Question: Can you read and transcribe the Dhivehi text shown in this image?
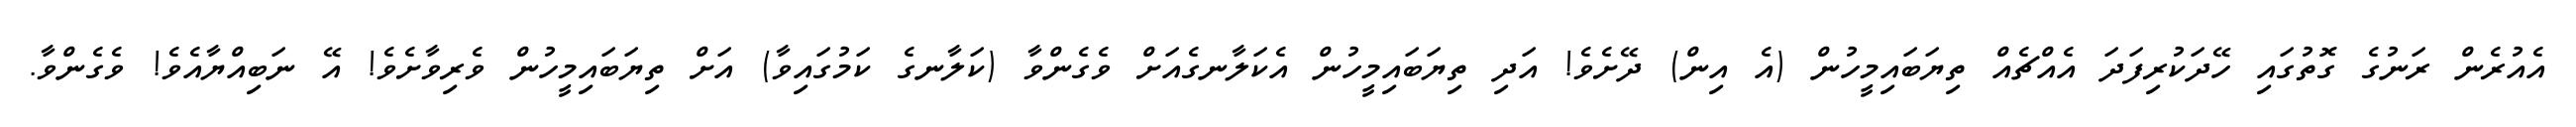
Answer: އެއުރެން ރަނުގެ ގޮތުގައި ހޭދަކުރިފަދަ އެއްޗެއް ތިޔަބައިމީހުން (އެ އިން) ދޭށެވެ! އަދި ތިޔަބައިމީހުން އެކަލާނގެއަށް ވެގެންވާ (ކަލާނގެ ކަމުގައިވާ) އަށް ތިޔަބައިމީހުން ވެރިވާށެވެ! އޭ ނަބިއްޔާއެވެ! ވެގެންވާ.